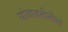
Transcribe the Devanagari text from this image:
यांबाबतीतील